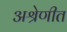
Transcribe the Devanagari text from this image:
अश्रेणीत